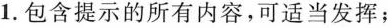
1.包含提示的所有内容，可适当发挥；